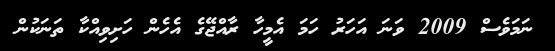
ނަމަވެސް 2009 ވަނަ އަހަރު ހަމަ އެމީހާ ރާއްޖޭގެ އެހެން ހަށިވިއްކާ ތަނަކުން